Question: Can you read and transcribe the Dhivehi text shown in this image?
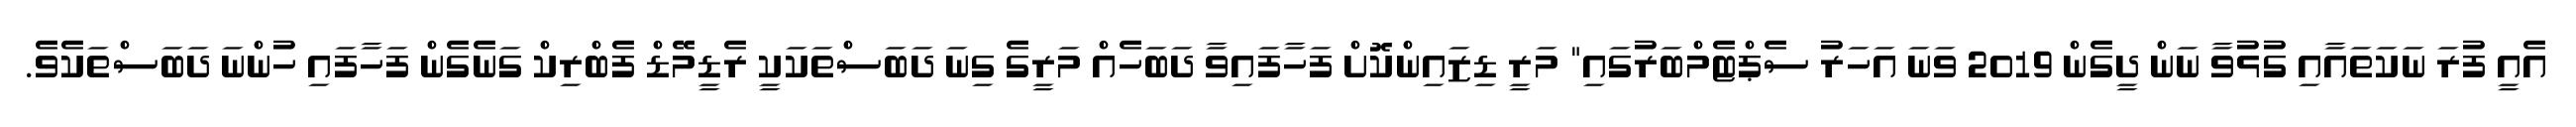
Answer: އެއީ ފުރަ ނަކަތައާއި ގުޅުވާ ނަން ދީގެން 2019 ވަނަ އަހަރު ސެޕްޓެމްބަރުގައި" މަރީ ޑިޒައިންކޮށް ފަހާފައިވާ ދަބަހެއް މަރީގެ ގިނަ ދަބަސްތަކަކީ ރެޑީމޭޑް ފެބްރިކް ގަނެގެން ފަހާފައި ހުންނަ ދަބަސްތަކެވެ.